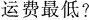
运费最低?